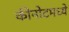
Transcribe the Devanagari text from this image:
कीनोटमध्ये